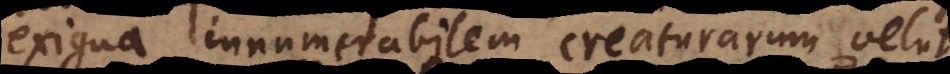
exigua innumerabilem creaturarum velut